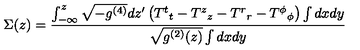
\Sigma ( z ) = \frac { \int _ { - \infty } ^ { z } \sqrt { - g ^ { ( 4 ) } } d z ^ { \prime } \left( { T ^ { t } } _ { t } - { T ^ { z } } _ { z } - { T ^ { r } } _ { r } - { T ^ { \phi } } _ { \phi } \right) \int d x d y } { \sqrt { g ^ { ( 2 ) } ( z ) } \int d x d y }